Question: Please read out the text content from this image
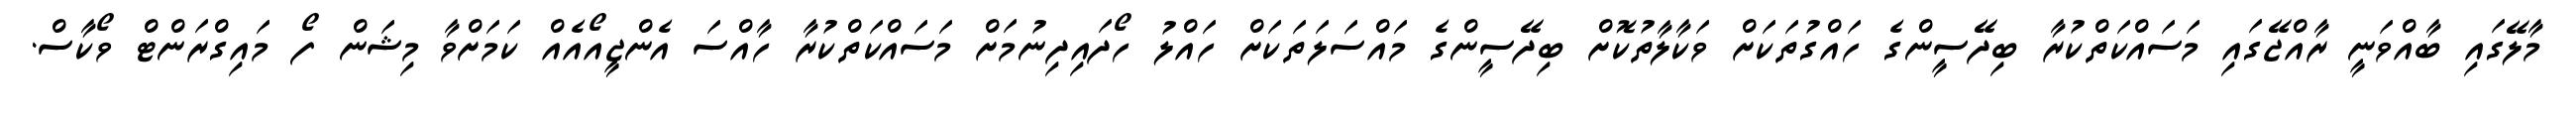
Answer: މާލޭގައި ބާއްވަނީ ރާއްޖޭގައި މަސައްކަތްކުރާ ބިދޭސީންގެ ހައްގުތަކަށް ވަކާލާތުކޮށް ބިދޭސީންގެ މައްސަލަތަކަށް ހައްލު ހޯދައިދިނުމަށް މަސައްކަތްކުރާ ހާއްސަ އެންޖީއޯއެއް ކަމަށްވާ މިޝަން ފޯ މައިގްރަންޓް ވޯކާސް.